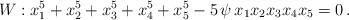
LaTeX: \begin{align*}W: x_1^5 + x_2^5 + x_3^5 + x_4^5 + x_5^5 - 5 \, \psi \, x_1 x_2 x_3 x_4 x_5 = 0 \,.\end{align*}